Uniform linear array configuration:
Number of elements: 64
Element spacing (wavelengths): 0.75
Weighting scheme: blackman
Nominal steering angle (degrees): -60
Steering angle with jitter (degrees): -59.271
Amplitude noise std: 0.05
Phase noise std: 0.05

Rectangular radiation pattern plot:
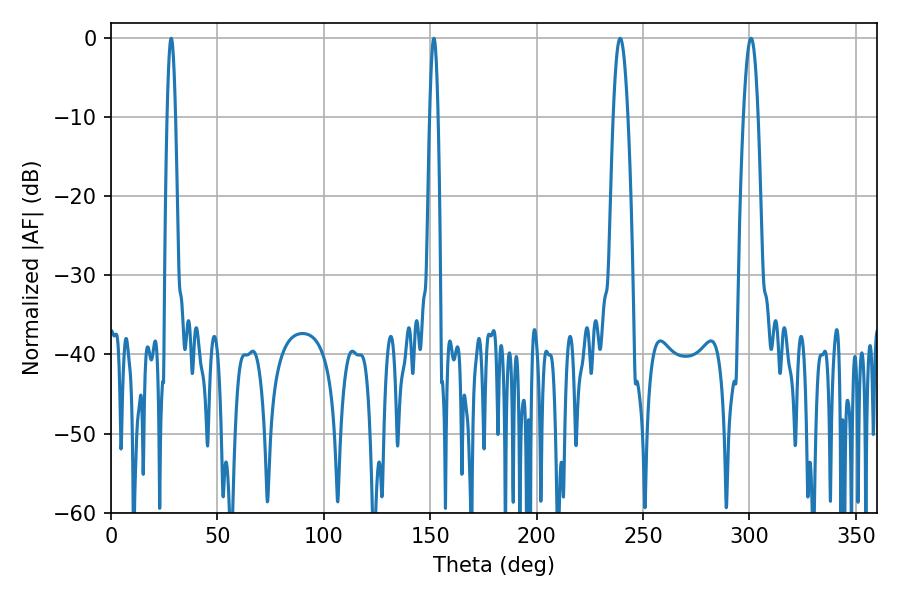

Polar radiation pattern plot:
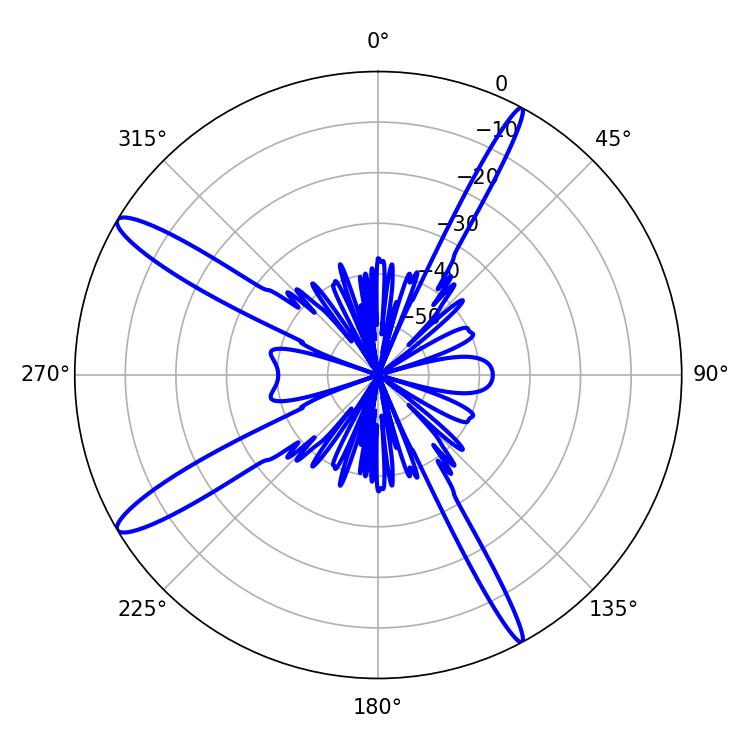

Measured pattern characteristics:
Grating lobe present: TRUE
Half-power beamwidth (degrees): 3.78
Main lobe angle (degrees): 239.22